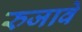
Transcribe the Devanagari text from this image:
रुजावे